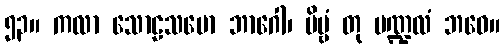
၅၃။ ကလာ သောဠသမော ဘာဂေါ၊ ဗိမ္ဗံ တု မဏ္ဍလံ ဘဝေ။